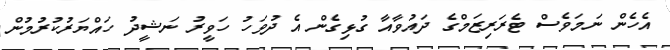
އެހެން ނަމަވެސް ޓެރަރިޒަމްގެ ދައުވާއާ ގުޅިގެން އެ ދުވަހު ހަވީރު ނަޝީދު ހައްޔަރުކުރުމުން